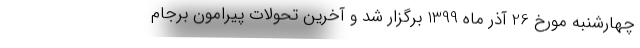
چهارشنبه مورخ 26 آذر ماه 1399 برگزار شد و آخرین تحولات پیرامون برجام